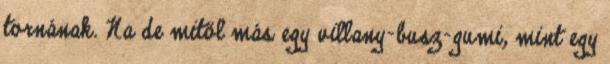
tornának. Na de mitől más egy villany-busz-gumi, mint egy